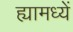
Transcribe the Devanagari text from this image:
ह्यामध्यें